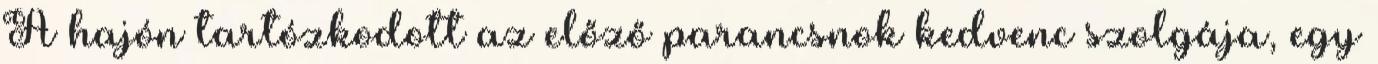
A hajón tartózkodott az előző parancsnok kedvenc szolgája, egy